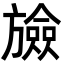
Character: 𣄝